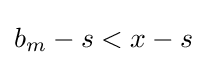
b_{m}-s<x-s